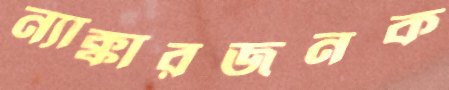
ন্যাক্কারজনক